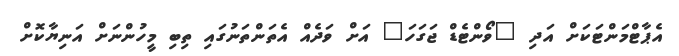
އެޕާޓްމަންޓަކަށް އަދި "ވޯންޓެޑް ޖަގަހަ" އަށް ވަދެއް އެތަންތަނުގައި ތިބި މީހުންނަށް އަނިޔާކޮށް